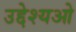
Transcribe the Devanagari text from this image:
उद्देश्यओ